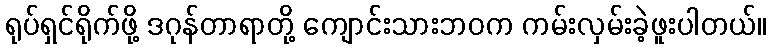
ရုပ်ရှင်ရိုက်ဖို့ ဒဂုန်တာရာတို့ ကျောင်းသားဘဝက ကမ်းလှမ်းခဲ့ဖူးပါတယ်။